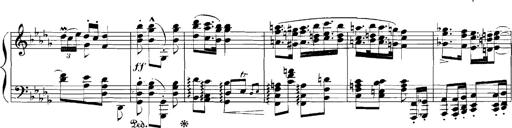
Title: Rhapsodies hongroises
Composer: Franz Liszt